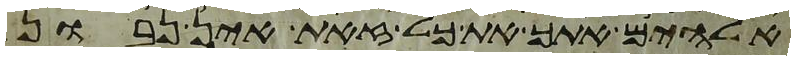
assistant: אלהים אתך את כל זאת אין נבון